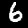
Label: 6